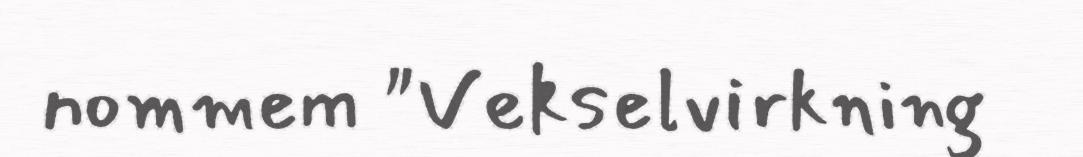
nommem "Vekselvirkning